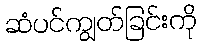
ဆံပင်ကျွတ်ခြင်းကို